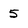
Character: 5